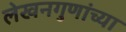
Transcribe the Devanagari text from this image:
लेखनगुणांच्या